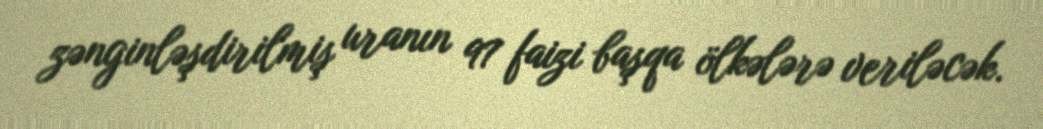
zənginləşdirilmiş uranın 97 faizi başqa ölkələrə veriləcək.